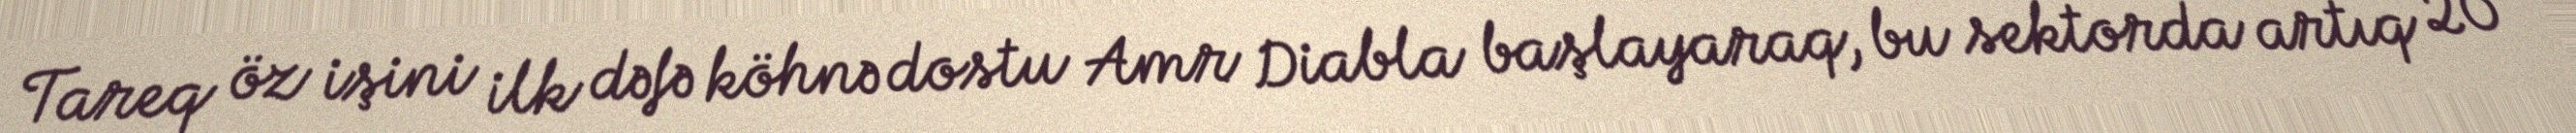
Tareq öz işini ilk dəfə köhnə dostu Amr Diabla başlayaraq, bu sektorda artıq 20